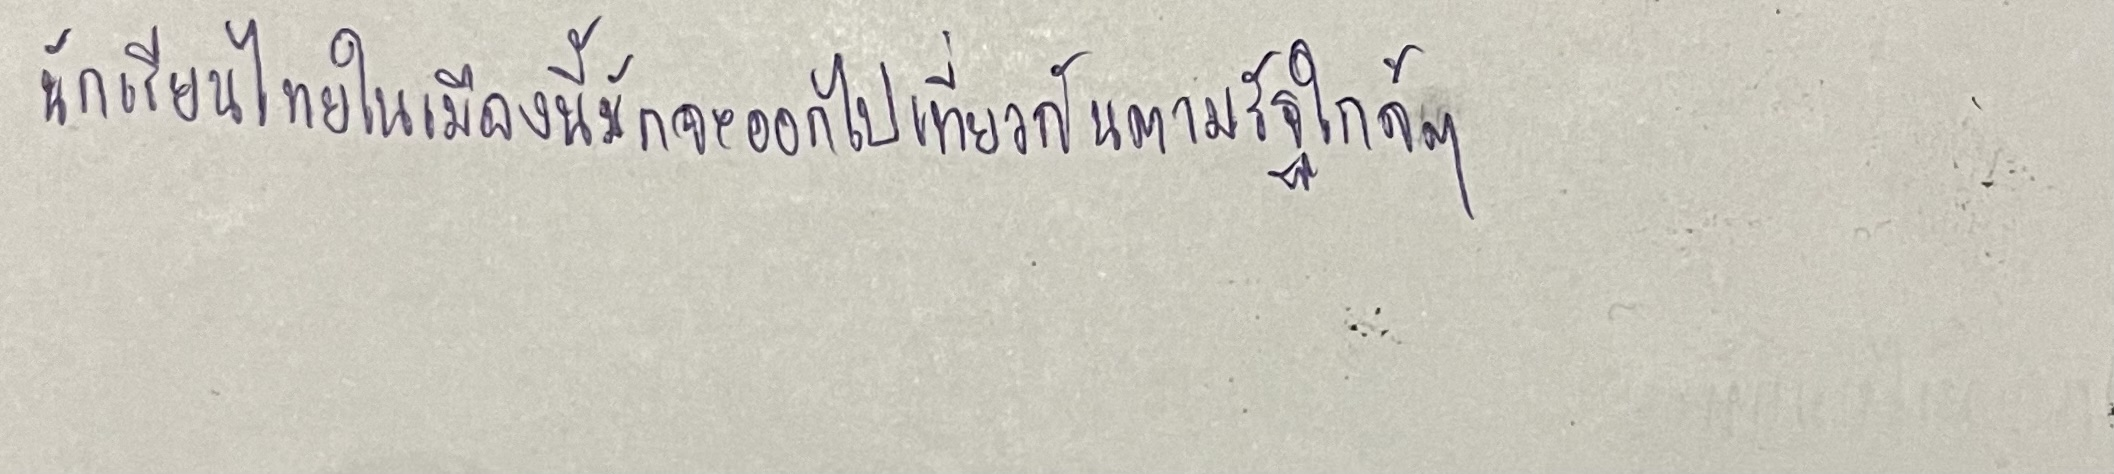
นักเรียนไทยในเมืองนี้มักจะออกไปเที่ยวกันตามรัฐใกล้ๆ